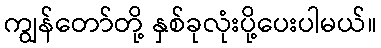
ကျွန်တော်တို့ နှစ်ခုလုံးပို့ပေးပါမယ်။